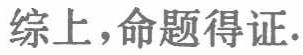
综上，命题得证.